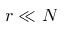
r \ll N